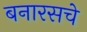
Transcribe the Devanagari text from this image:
बनारसचे